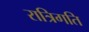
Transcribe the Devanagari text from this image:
रात्रिगति